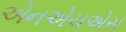
એનએચએસ